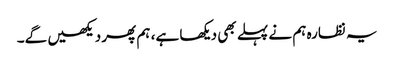
یہ نظارہ ہم نے پہلے بھی دیکھا ہے، ہم پھر دیکھیں گے۔